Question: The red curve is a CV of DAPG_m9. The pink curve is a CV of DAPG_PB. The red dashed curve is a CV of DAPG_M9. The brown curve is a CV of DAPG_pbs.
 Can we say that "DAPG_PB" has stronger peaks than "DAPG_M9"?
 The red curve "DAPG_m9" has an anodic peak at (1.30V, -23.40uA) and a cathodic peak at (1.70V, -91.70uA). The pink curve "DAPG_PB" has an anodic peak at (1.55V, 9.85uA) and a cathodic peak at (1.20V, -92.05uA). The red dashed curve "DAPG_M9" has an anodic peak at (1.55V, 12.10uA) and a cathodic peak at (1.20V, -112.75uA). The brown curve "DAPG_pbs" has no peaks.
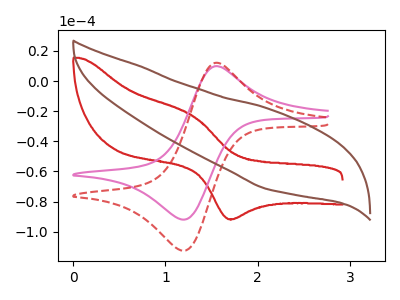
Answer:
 <answer>Every peak in "DAPG_PB" is lower than every peak in "DAPG_M9".</answer>
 <eval>lower</eval>